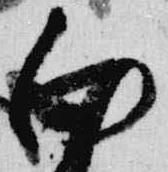
向